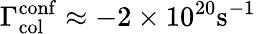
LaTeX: \Gamma_{\mathrm{col}}^{\mathrm{conf}}\approx-2\times 10^{20}\mathrm{s}^{-1}